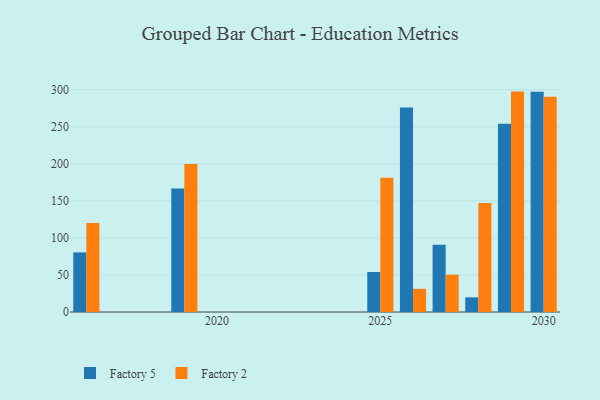
{"axis": {"x": "Year", "y": "Revenue (USD Million)"}, "legend": ["Factory 2", "Factory 5"], "data": [{"x": "2028", "y": 19.8, "type": "Factory 5"}, {"x": "2028", "y": 147.3, "type": "Factory 2"}, {"x": "2027", "y": 90.8, "type": "Factory 5"}, {"x": "2027", "y": 50.4, "type": "Factory 2"}, {"x": "2026", "y": 276.2, "type": "Factory 5"}, {"x": "2026", "y": 31.3, "type": "Factory 2"}, {"x": "2025", "y": 54.0, "type": "Factory 5"}, {"x": "2025", "y": 181.4, "type": "Factory 2"}, {"x": "2016", "y": 80.5, "type": "Factory 5"}, {"x": "2016", "y": 120.2, "type": "Factory 2"}, {"x": "2019", "y": 166.9, "type": "Factory 5"}, {"x": "2019", "y": 199.8, "type": "Factory 2"}, {"x": "2030", "y": 297.4, "type": "Factory 5"}, {"x": "2030", "y": 290.6, "type": "Factory 2"}, {"x": "2029", "y": 254.3, "type": "Factory 5"}, {"x": "2029", "y": 297.6, "type": "Factory 2"}]}